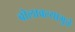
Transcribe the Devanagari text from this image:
बोलावल्यामुळे